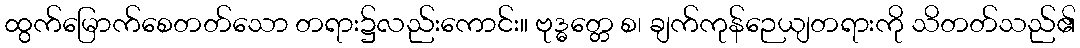
ထွက်မြောက်စေတတ်သော တရား၌လည်းကောင်း။ ဗုဒ္ဓတ္တေ စ၊ ချက်ကုန်ဉေယျတရားကို သိတတ်သည်၏